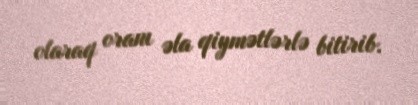
olaraq oranı əla qiymətlərlə bitirib.